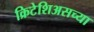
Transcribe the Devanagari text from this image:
क्रिटेशिअसच्या